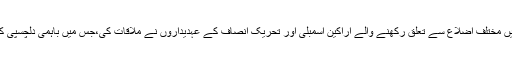
20 ستمبر2018ء) وزیراعلیٰ پنجاب سردار عثمان بزدار سے وزیراعلیٰ آفس میں مختلف اضلاع سے تعلق رکھنے والے اراکین اسمبلی اور تحریک انصاف کے عہدیداروں نے ملاقات کی،جس میں باہمی دلچسپی کے امور، ترقیاتی منصوبوںاور عوامی مسائل کے حل کیلئے تبادلہ خیال کیا گیا۔